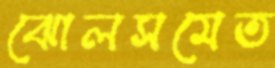
ঝোলসমেত